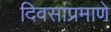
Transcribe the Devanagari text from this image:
दिवसांप्रमाणे